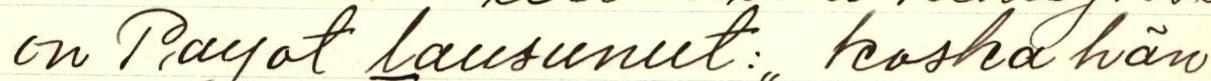
on Payot lausunut: ,, koska hän